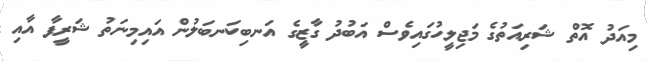
މިއަދު އޮތް ޝަރިއަތުގެ މަޖިލީހުގައިވެސް އަބުދު ގާޒީގެ އަނބިކަނބަލުން އައިމިނަތު ޝަރީފާ އާއި